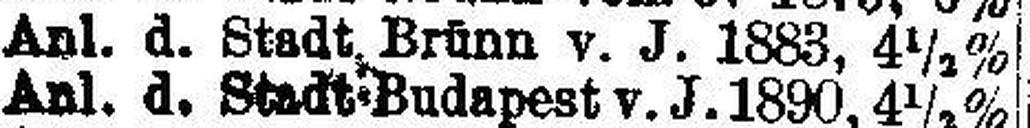
Anl. d. Stadt Brünn v. J. 1883, 4½%